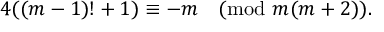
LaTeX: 4 ( ( m - 1 ) ! + 1 ) \equiv - m { \pmod { m ( m + 2 ) } } .